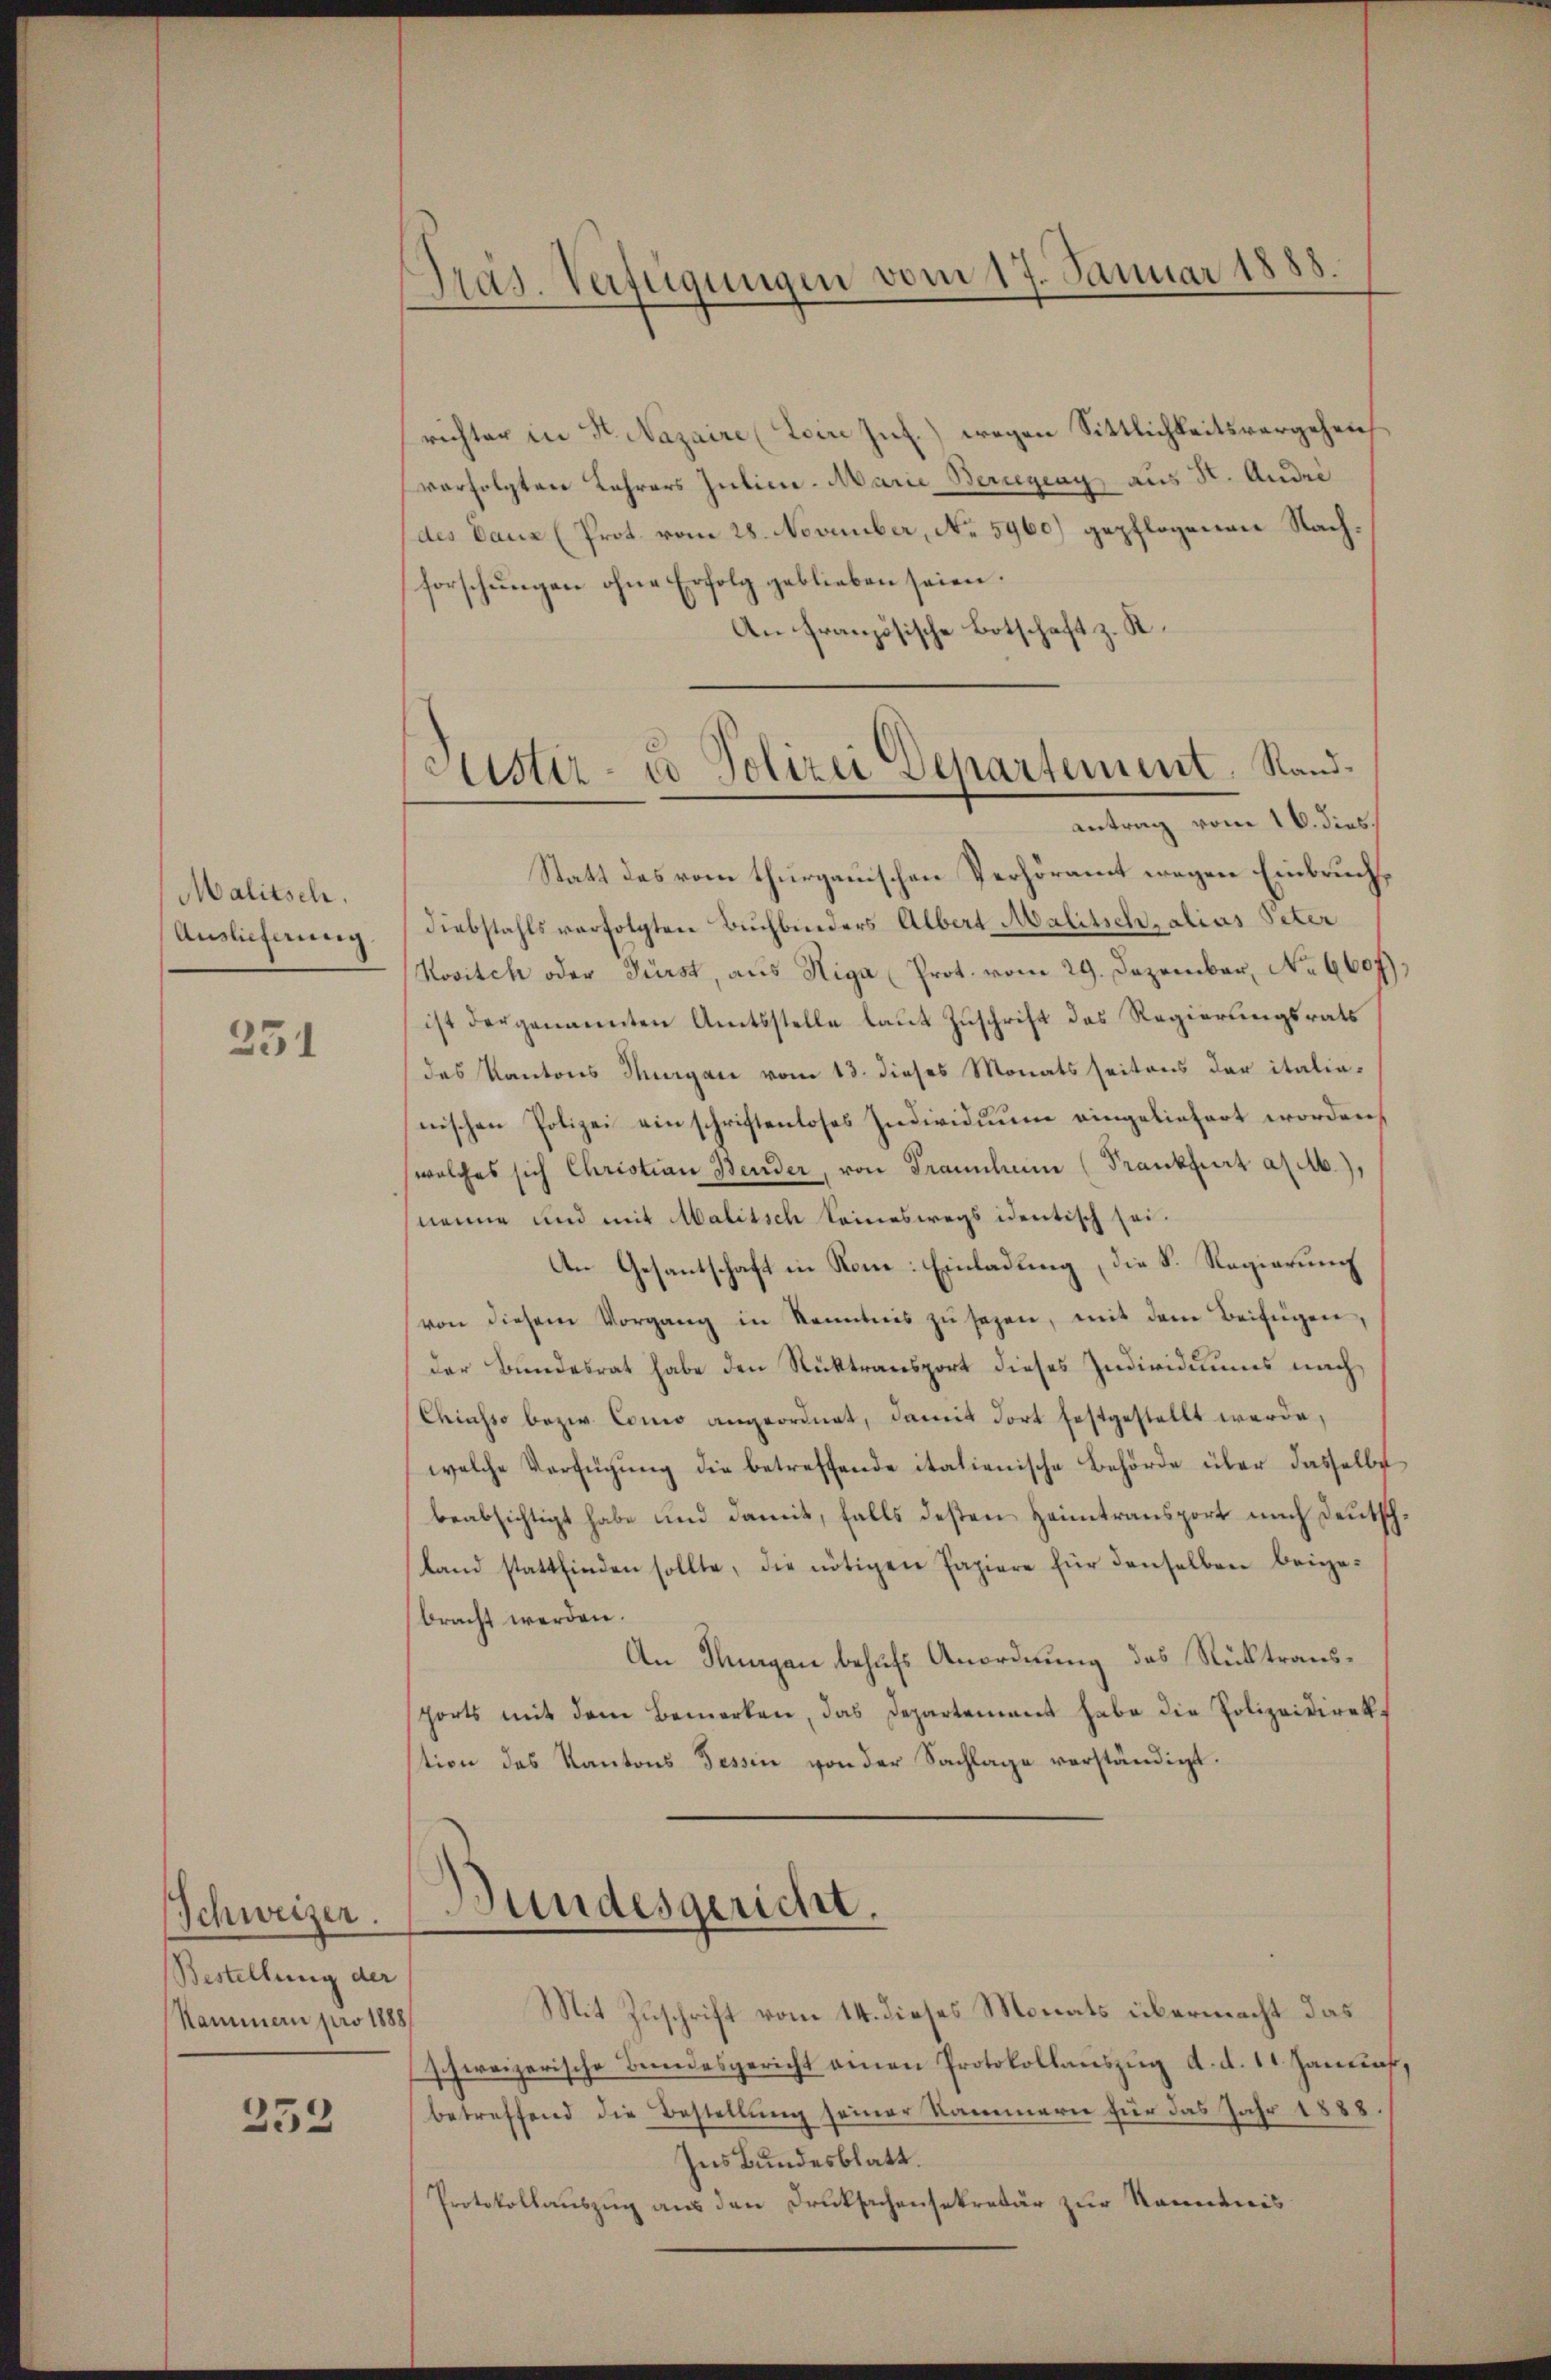
Malitsch.
Auslieferung

351

Schweizer.
Bestellung der
Kammern pro 1888

232

Präs. Verfügungen vom 17. Januar 1888.

Justiz- u Polizei Departement. Sandantrag vom 16. dies

richter in St. Nazaire (Loine Inf.) wegen Sittlichkeitsvergehen
verfolgten Lehrers Julien. Marie Beriegeny aus St. Andel
des Bauz (Prot. vom 28. November, No. 5960) gepflogenen Nachforschungen ohne Erfolg geblieben seien.
An Französische Botschaft z. R.
Statt des vom thurgauischen Verhöramt wegen Einbruch,
diebstahls verfolgten Buchbinders Albert Malitschalias Peter
Novitch oder Fürst, aus Higa (Prot. vom 29. Dezember, No 6607).
ist dergenannten Amtsstelle laut Zuschrift des Regierungsrats
das Kantons Thurgau vom 13. dieses Monats seitens der italia-
nischen Polizei ein schriftenloses Individuum eingeliefert worden,
(wolches sich Christian Bender, von Franchen (Frankfurt a. a.),
nenne und mit Malitsch keineswegs identisch sei.
An Gesantschaft in Nom: Einladung, die S. Regierung
von diesem Vorgang in Kenntnis zu sezen, mit dem Beifügen,
der Bundesrat habe den Rücktransport dieses Individuums nach,
Chiasso bezw. Como angeordnet, damit dort festgestellt werde,
welche Verfügung die betreffende italienische Behörde über dasselbe
beabsichtigt habe und damit, falls desten Heimtransport nach Deutsch
land stattfinden sollte, die nötigen Papiere für denselben beige-
bracht werden.
An Hungau behufs Anordnung des Rücktraus¬
Forts mit dem Bemerken, das Departement habe die Polizeidirektion des Kantons Tessin von der Sachlage verständigt.
Bundesgericht.
Mit Zuschrift vom 14. dieses Monats übermacht das
schweizerische Bundesgericht einen Protokollauszug d. d. 11. Januar
betreffend die Bestellung seiner Kammern für das Jahr 1888
Ins Bundesblatt.
Protokollauszug aus den Drucksachensekretär zur Kenntnis